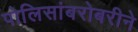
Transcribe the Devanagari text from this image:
पोलिसांबरोबरीने